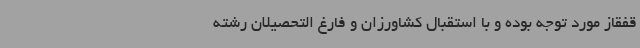
قفقاز مورد توجه بوده و با استقبال کشاورزان و فارغ التحصیلان رشته